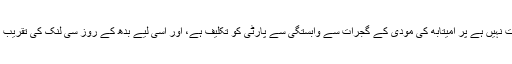
اور بقول کانگریس اُسے ذاتی طور پر امیتابھ سے کوئی شکایت نہیں ہے پر امیتابھ کی مودی کے گجرات سے وابستگی سے پارٹی کو تکلیف ہے، اور اسی لیے بدھ کے روز سی لنک کی تقریب میں امیتابھ کی شمولیت پر کانگریسی لیڈروں کو ناراضی ہے۔